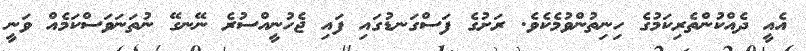
އެއީ ދެއްކުންތެރިކަމުގެ ހިނިތުންވުމެކެވެ. ރަށުގެ ފަސްގަނޑުގައި ފައި ޖެހުނީއްސުރެ ނޭނގޭ ނުތަނަވަސްކަމެއް ވަނީ